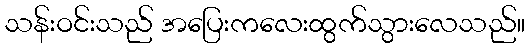
သန်းဝင်းသည် အပြေးကလေးထွက်သွားလေသည်။